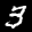
Label: 3